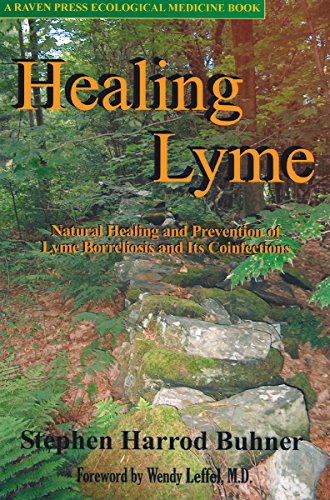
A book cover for Healing Lyme: Natural Healing and Prevention of Lyme Borreliosis and Its Coinfections; Stephen Harrod Buhner; Health, Fitness & Dieting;